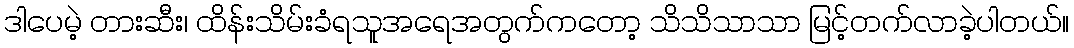
ဒါပေမဲ့ တားဆီး၊ ထိန်းသိမ်းခံရသူအရေအတွက်ကတော့ သိသိသာသာ မြင့်တက်လာခဲ့ပါတယ်။